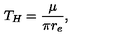
T _ { H } = \frac { \mu } { \pi r _ { e } } ,